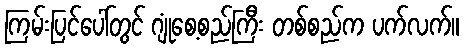
ကြမ်းပြင်ပေါ်တွင် ဂျုံစေ့စည်ကြီး တစ်စည်က ပက်လက်။